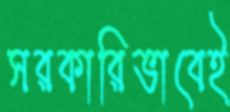
সরকারিভাবেই